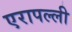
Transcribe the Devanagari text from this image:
एरापल्ली